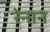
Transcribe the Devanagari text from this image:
रेनान